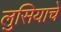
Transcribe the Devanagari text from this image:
लुसियाचे